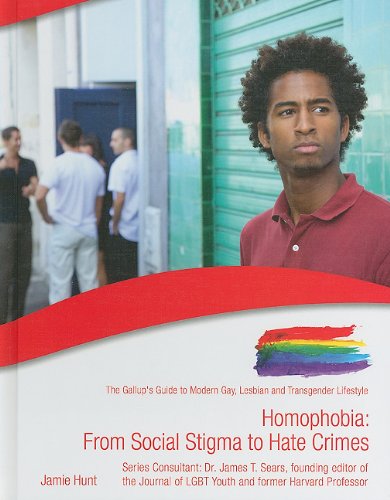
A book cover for Homophobia: From Social Stigma to Hate Crimes (The Gallup's Guide to Modern Gay, Lesbian, & Transgender Lifestyle); Bill Palmer; Teen & Young Adult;